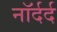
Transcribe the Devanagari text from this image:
नॉर्दर्द